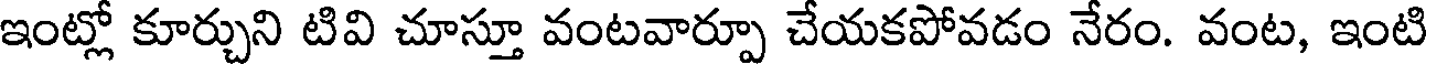
ఇంట్లో కూర్చుని టివి చూస్తూ వంటవార్పూ చేయకపోవడం నేరం. వంట, ఇంటి